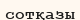
сотқазы